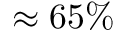
\approx 6 5 \%